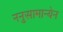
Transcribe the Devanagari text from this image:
ननुसामान्येन